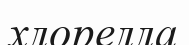
хлорелла